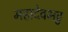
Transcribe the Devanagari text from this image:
महादेवभट्ट